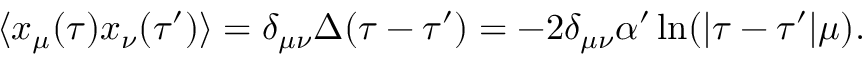
\langle x _ { \mu } ( \tau ) x _ { \nu } ( \tau ^ { \prime } ) \rangle = \delta _ { \mu \nu } \Delta ( \tau - \tau ^ { \prime } ) = - 2 \delta _ { \mu \nu } \alpha ^ { \prime } \ln ( | \tau - \tau ^ { \prime } | \mu ) .